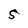
Character: S